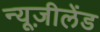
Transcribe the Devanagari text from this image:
न्यूज़ीलेंड